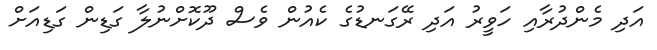
އަދި މެންދުރާއި ހަވީރު އަދި ރޭގަނޑުގެ ކެއުން ވެސް ދޫކޮށްނުލާ ގަޑިން ގަޑިއަށް